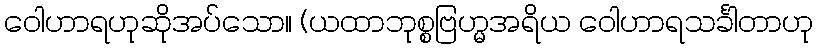
ဝေါဟာရဟုဆိုအပ်သော။ (ယထာဘုစ္စဗြဟ္မအရိယ ဝေါဟာရသင်္ခါတာဟု